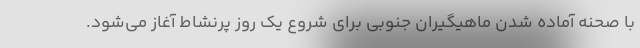
با صحنه آماده شدن ماهیگیران جنوبی برای شروع یک روز پرنشاط آغاز می‌شود.